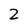
Character: 2